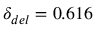
\delta _ { d e l } = 0 . 6 1 6